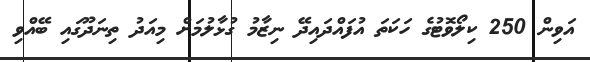
އަވިން 250 ކިލޯވޮޓުގެ ހަކަތަ އުފައްދައިދޭ ނިޒާމު ގުޅާލުމަށް މިއަދު ތިނަދޫގައި ބޭއްވި